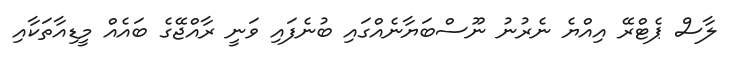
ލާސް ޕެޓްރޭ އިއްޔެ ނެރުނު ނޫސްބަޔާނެއްގައި ބުނެފައި ވަނީ ރާއްޖޭގެ ބައެއް މީޑިއާތަކާއި